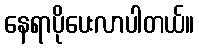
နေရာပိုပေးလာပါတယ်။